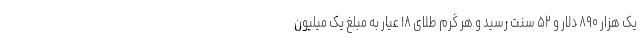
یک هزار ۸۹۰ دلار و ۵۲ سنت رسید و هر گرم طلای ۱۸ عیار به مبلغ یک میلیون